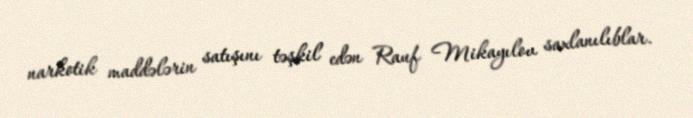
narkotik maddələrin satışını təşkil edən Rauf Mikayılov saxlanılıblar.